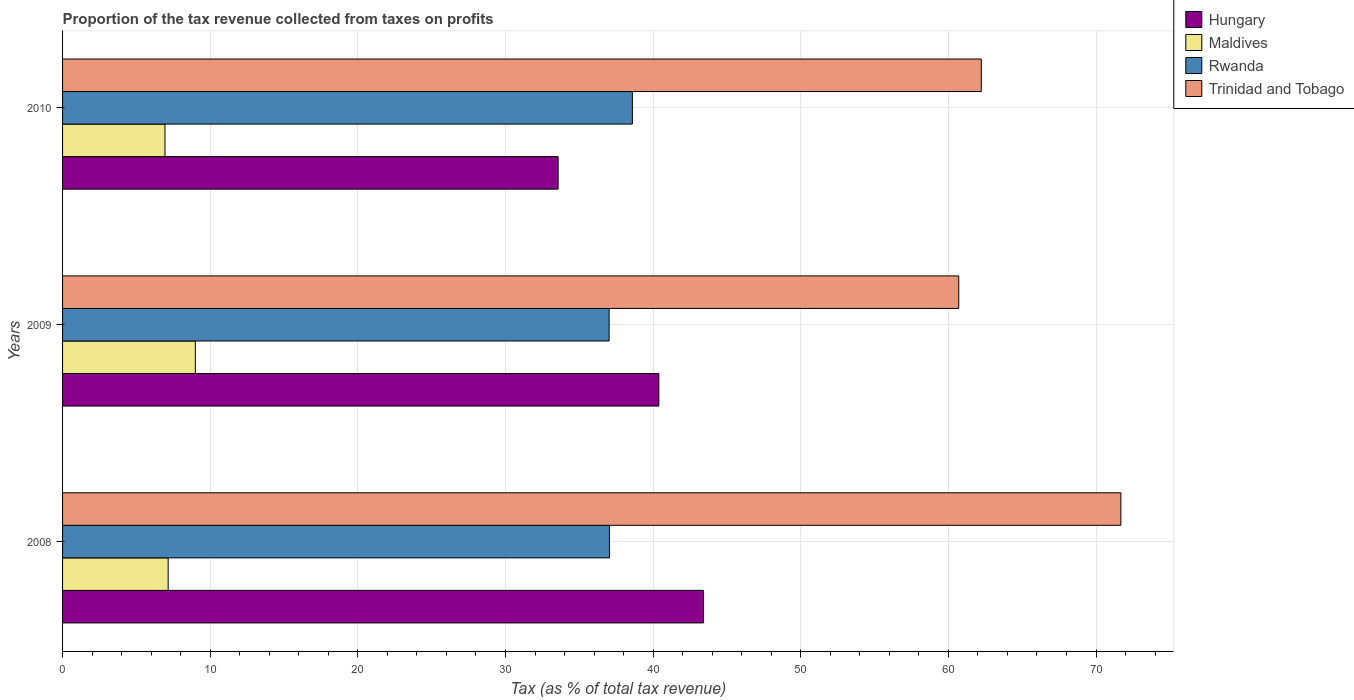
| Years | Hungary | Maldives | Rwanda | Trinidad and Tobago |
 | --- | --- | --- | --- | --- |
 | 2008 | 43.4 | 7.15 | 37 | 71.7 |
 | 2009 | 40.4 | 8.99 | 37 | 60.7 |
 | 2010 | 33.6 | 6.94 | 38.6 | 62.2 |